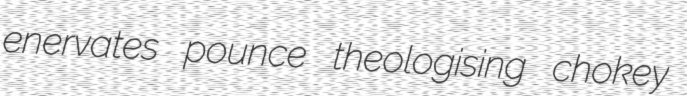
enervates pounce theologising chokey